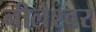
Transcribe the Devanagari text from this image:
नीलेश्‍वर